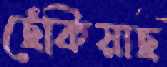
ছেঁকিয়াছ